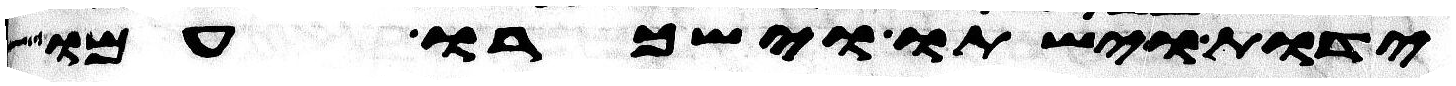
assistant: ידות וישתו וישכרו עמו